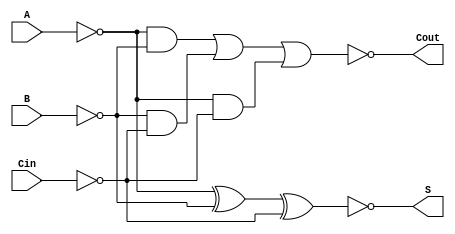
module NegativeCircuitFullAdder (
    input wire A,     // First significant bit (active low)
    input wire B,     // Second significant bit (active low)
    input wire Cin,   // Carry-in bit (active low)
    output wire S,    // Sum output bit (active low)
    output wire Cout   // Carry-out bit (active low)
);

// Internal signals for intermediate calculations
wire A_inv, B_inv, Cin_inv;
wire sum_temp, carry_temp;

// Invert inputs to align with negative logic
assign A_inv = ~A; // A active low
assign B_inv = ~B; // B active low
assign Cin_inv = ~Cin; // Cin active low

// Calculate the sum output using negative logic
assign sum_temp = A_inv ^ B_inv ^ Cin_inv; // XOR operation
assign S = ~sum_temp; // Invert for active low output

// Calculate the carry-out using negative logic
assign carry_temp = (A_inv & B_inv) | (B_inv & Cin_inv) | (A_inv & Cin_inv); // OR operation
assign Cout = ~carry_temp; // Invert for active low output

endmodule